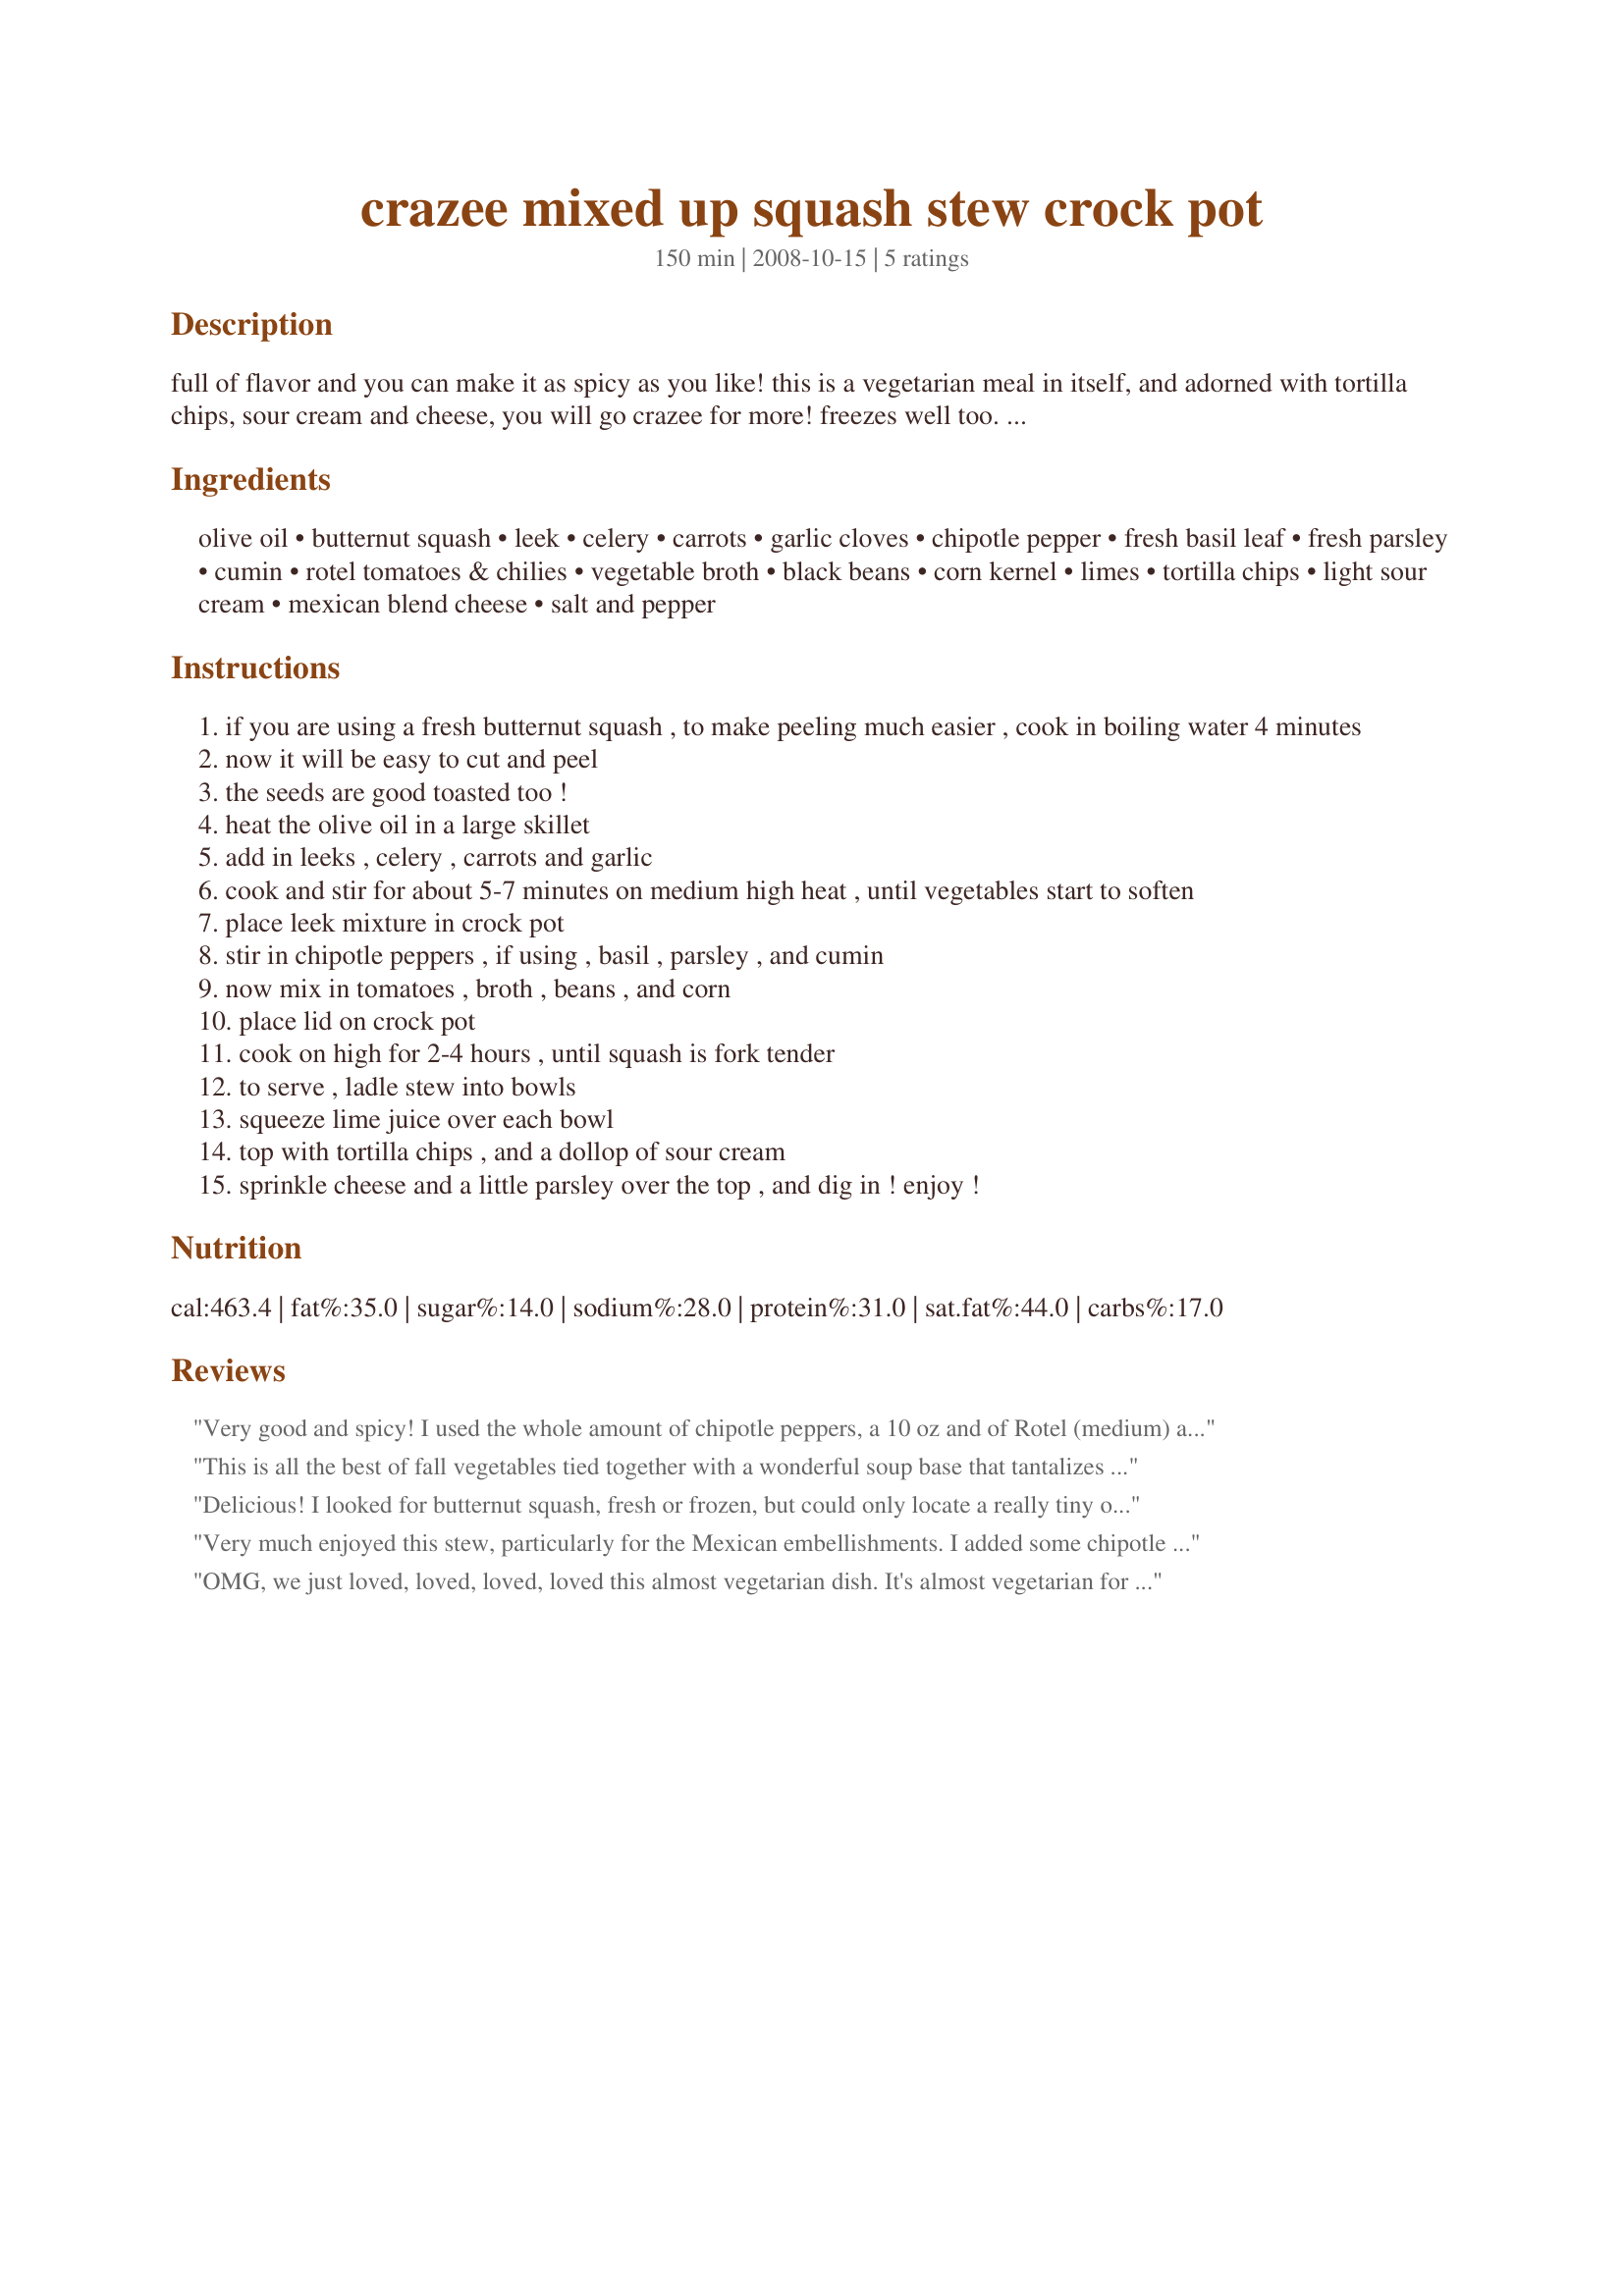
crazee mixed up squash stew crock pot
Preparation time: 150 minutes

full of flavor and you can make it as spicy as you like! this is a vegetarian meal in itself, and adorned with tortilla chips, sour cream and cheese, you will go crazee for more! freezes well too. enjoy!

Ingredients:
olive oil, butternut squash, leek, celery, carrots, garlic cloves, chipotle pepper, fresh basil leaf, fresh parsley, cumin, rotel tomatoes & chilies, vegetable broth, black beans, corn kernel, limes, tortilla chips, light sour cream, mexican blend cheese, salt and pepper

Steps:
if you are using a fresh butternut squash , to make peeling much easier , cook in boiling water 4 minutes
now it will be easy to cut and peel
the seeds are good toasted too !
heat the olive oil in a large skillet
add in leeks , celery , carrots and garlic
cook and stir for about 5-7 minutes on medium high heat , until vegetables start to soften
place leek mixture in crock pot
stir in chipotle peppers , if using , basil , parsley , and cumin
now mix in tomatoes , broth , beans , and corn
place lid on crock pot
cook on high for 2-4 hours , until squash is fork tender
to serve , ladle stew into bowls
squeeze lime juice over each bowl
top with tortilla chips , and a dollop of sour cream
sprinkle cheese and a little parsley over the top , and dig in ! enjoy !

Reviews:
Very good and spicy! I used the whole amount of chipotle peppers, a 10 oz and of Rotel (medium) and added 1 can of V-8. I also used 1 tsp of dry basil instead of the fresh and skipped the parsley. We used low fat cheese -- very good and spicy for a cold middle-of-the week day. Thanks for sharing!
This is all the best of fall vegetables tied together with a wonderful soup base that tantalizes the tastebuds. I did not add the tortilla chips and did not feel the dished lack for that omission (which made this suitable for the WW Core program). I loved that the leeks melted into the sauce along with the tomatoes. Wouldn't change a thing as this was a perfectly constructed recipe. Thanks Sharon!
Delicious! I looked for butternut squash, fresh or frozen, but could only locate a really tiny one. So I used that and added acorn squash. I halved the recipe, and it turned out great. I let it cook in the crock pot for 3 hours. Made for PRMR tag! Thanks for sharing!
Very much enjoyed this stew, particularly for the Mexican embellishments. I added some chipotle seasoning instead of the peppers, no changes otherwise. I'm new to crock pot cooking, and like most of my crock pot recipes, this came out too watery, but I still give this 5 stars for the taste:D Thank you!
OMG, we just loved, loved, loved, loved this almost vegetarian dish. It's almost vegetarian for us since I did use my homemade chicken stock. My husband normally does not like tofu in many recipes and I try to find those recipes that can handle it and would you believe it I crumbled in 1 tofu and it was out of this world in this stew. I will be making this often whenever I feel that we need to do some detox from meat recipes. Wow, wow, wow did I tell you how much I love this dish! This recipe reminds us very much of top grade chicken tortilla soup. We crumbled in broken up tortilla chips, squeeze of lime, cheddar cheese and a dollop of sour cream at the table. Fabulous! My husband's request "hey, I don't mind having this anytime we need to detox from meat." Another word, please have this often.
